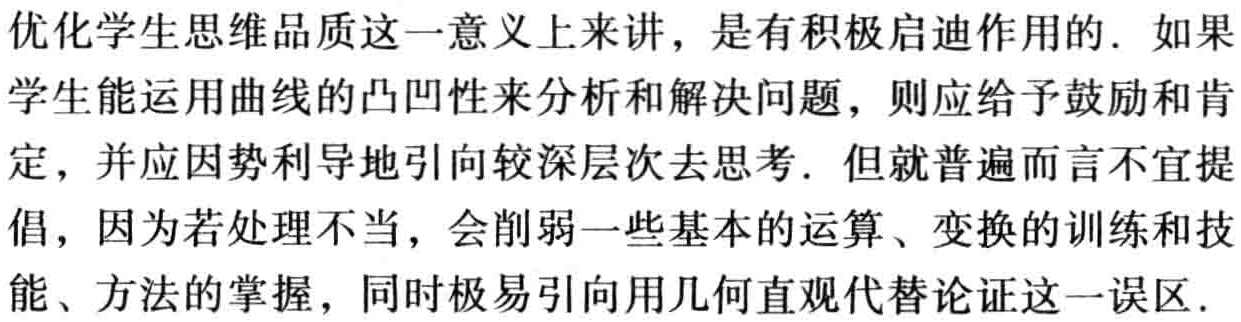
优化学生思维品质这一意义上来讲，是有积极启迪作用的. 如果学生能运用曲线的凸凹性来分析和解决问题，则应给予鼓励和肯定，并应因势利导地引向较深层次去思考. 但就普遍而言不宜提倡，因为若处理不当，会削弱一些基本的运算、变换的训练和技能、方法的掌握，同时极易引向用几何直观代替论证这一误区.